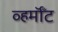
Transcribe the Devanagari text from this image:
व्हर्मॉँट